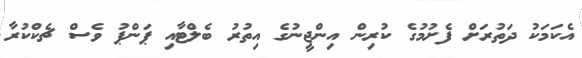
އެކަމަކު ދަތުރަށް ފެށުމުގެ ކުރިން އިންޖީނުގެ އިތުރު ބެލްޓާއި ޕަންޕު ވެސް ޗެކްކުރާ